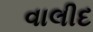
વાલીદ